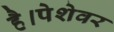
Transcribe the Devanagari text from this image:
है।पेशेवर